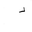
Letter: _dal